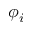
\phi _ { i }